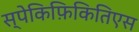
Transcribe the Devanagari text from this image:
स्पेकिफ़िकितिएस